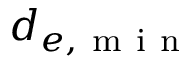
d _ { e , \mathrm { ~ m ~ i ~ n ~ } }